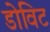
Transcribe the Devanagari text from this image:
डोविट